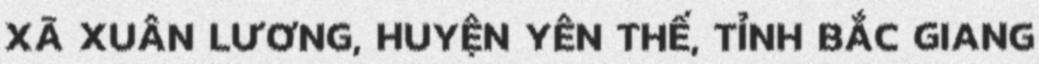
XÃ XUÂN LƯƠNG, HUYỆN YÊN THẾ, TỈNH BẮC GIANG